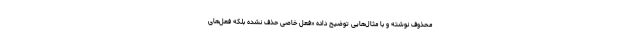
محذوف نوشته و با مثال‌هایی توضیح داده «‌فعل خاصی حذف نشده بلکه فعل‌های